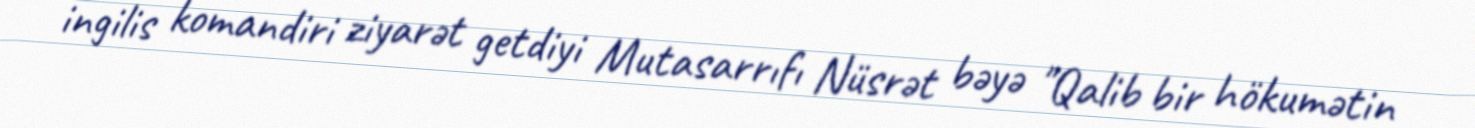
ingilis komandiri ziyarət getdiyi Mutasarrıfı Nüsrət bəyə "Qalib bir hökumətin